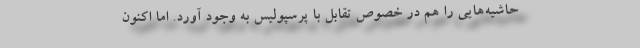
حاشیه‌هایی را هم در خصوص تقابل با پرسپولیس به وجود آورد. اما اکنون